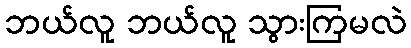
ဘယ်လူ ဘယ်လူ သွားကြမလဲ